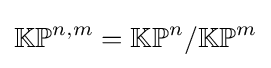
\mathbb {KP} ^{n,m}=\mathbb {KP} ^{n}/\mathbb {KP} ^{m}